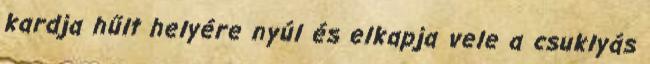
kardja hűlt helyére nyúl és elkapja vele a csuklyás